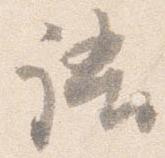
語